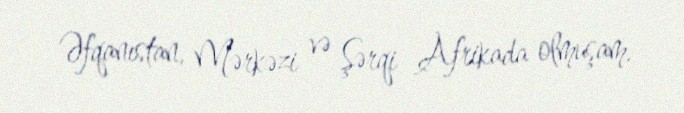
Əfqanıstan, Mərkəzi və Şərqi Afrikada olmuşam.